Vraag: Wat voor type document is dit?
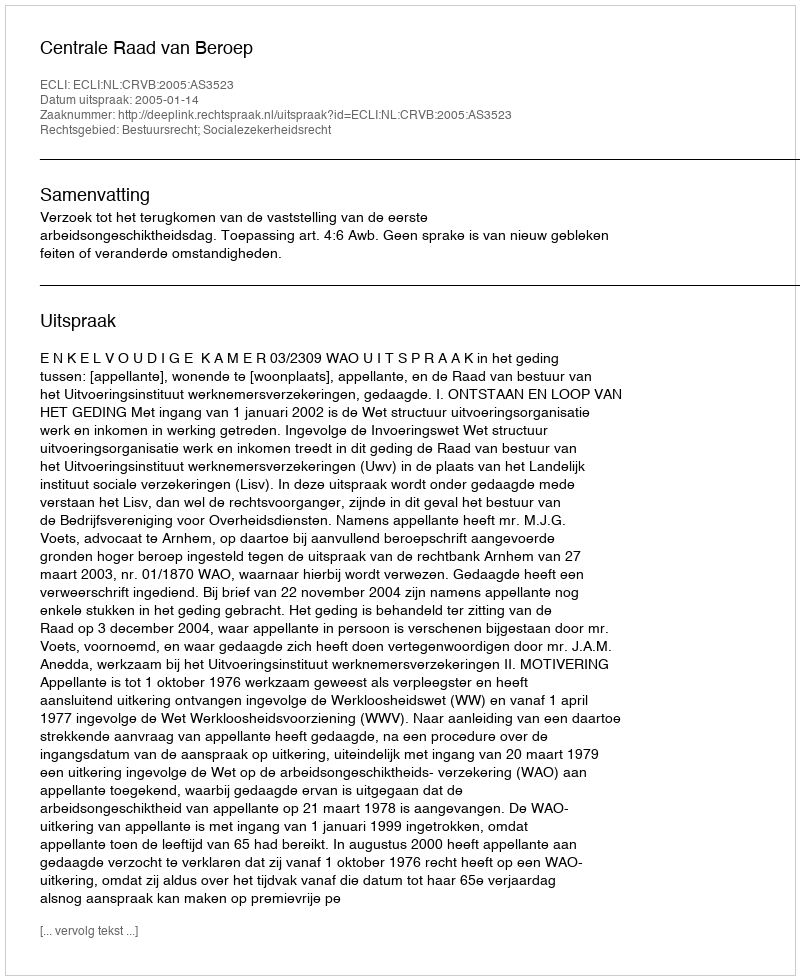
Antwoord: Uitspraak